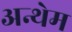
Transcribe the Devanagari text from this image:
अन्थेम